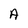
Character: A